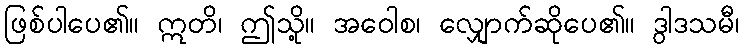
ဖြစ်ပါပေ၏။ ဣတိ၊ ဤသို့။ အဝေါစ၊ လျှောက်ဆိုပေ၏။ ဒွါဒသမီ၊